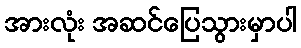
အားလုံး အဆင်ပြေသွားမှာပါ